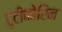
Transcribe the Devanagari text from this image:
टुटीकोरिन